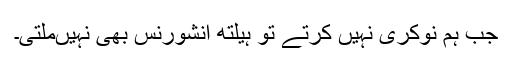
جب ہم نوکری نہیں کرتے تو ہیلتھ انشورنس بھی نہیں‌ملتی۔